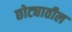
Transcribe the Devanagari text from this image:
छोट्यातील